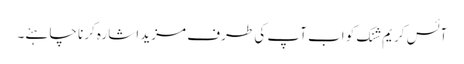
آئس کریم شنک کو اب آپ کی طرف مزید اشارہ کرنا چاہئے۔